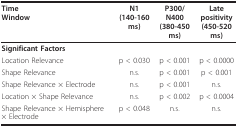
<table><thead><tr><td><b>TimeWindow</b></td><td><b>N1(140-160 ms)</b></td><td><b>P300/N400(380-450 ms)</b></td><td><b>Late positivity(450-520 ms)</b></td></tr></thead><tbody><tr><td><b>Significant Factors</b></td><td></td><td></td><td></td></tr><tr><td>Location Relevance</td><td>p &lt; 0.030</td><td>p &lt; 0.001</td><td>p &lt; 0.0000</td></tr><tr><td>Shape Relevance</td><td>n.s.</td><td>p &lt; 0.001</td><td>p &lt; 0.001</td></tr><tr><td>Shape Relevance × Electrode</td><td>n.s.</td><td>p &lt; 0.001</td><td>n.s.</td></tr><tr><td>Location × Shape Relevance</td><td>n.s.</td><td>p &lt; 0.002</td><td>p &lt; 0.0004</td></tr><tr><td>Shape Relevance × Hemisphere × Electrode</td><td>p &lt; 0.048</td><td>n.s.</td><td>n.s.</td></tr></tbody></table>